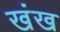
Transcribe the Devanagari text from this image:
खंख